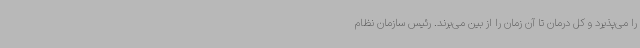
را می‌پذیرد و کل درمان تا آن زمان را از بین می‌برند. رئیس سازمان نظام